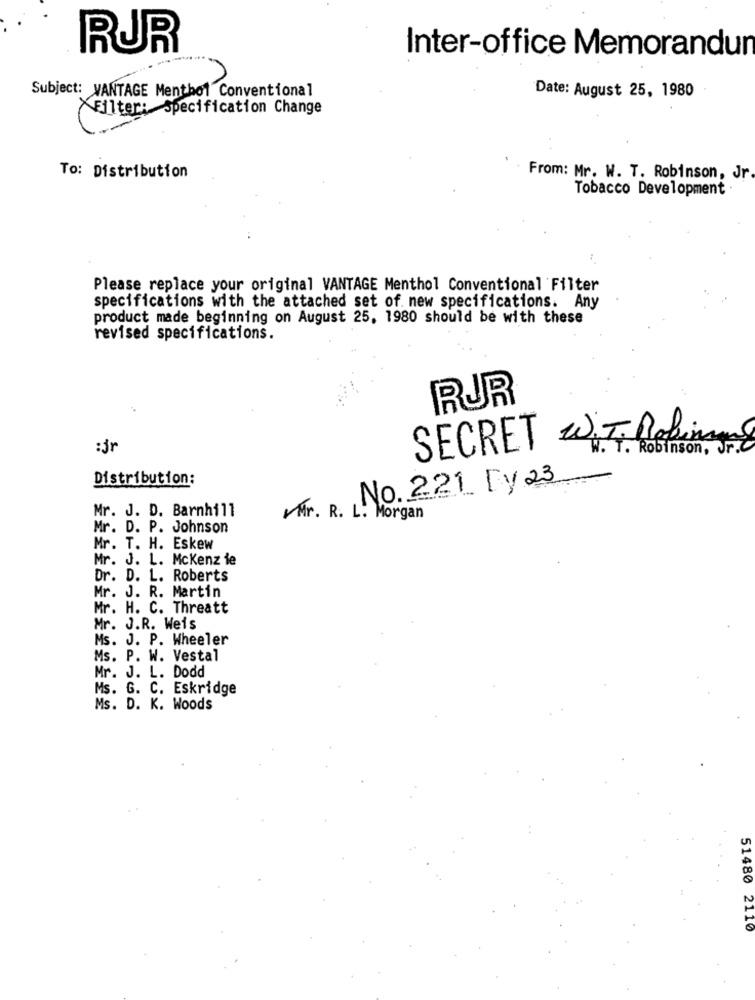
RUR
Inter-office Memorandun
Subject: VANTAGE Menthol Conventional
Date: August 25, 1980
Filter: Specification Change
To: Distribution
From: Mr. W. T. Robinson, Jr.
Tobacco Development .
Please replace your original VANTAGE Menthol Conventional Filter
specifications with the attached set of. new specifications. Any
product made beginning on August 25, 1980 should be with these
revised specifications.
RUR
SECRET WIT, Robins
:jr
. Robinson, Jr.C
Distribution:
No. 221 Dy 23
Mr. J. D. Barnhill
Mr. R. L. Morgan
Mr. D. P. Johnson
Mr. T. H. Eskew
Mr. J. L. Mckenzie
Dr. D. L. Roberts
Mr. J. R. Martin
Mr. H. C. Threatt
Mr. J.R. Weis
Ms. J. P. Wheeler
Ms. P. W. Vestal
Mr. J. L. Dodd
Ms. G. C. Eskridge
Ms. D. K. Woods
51480 2110